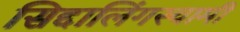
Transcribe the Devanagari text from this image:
सिद्दालिंगस्वामी